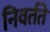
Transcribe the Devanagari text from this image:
निवर्तते